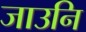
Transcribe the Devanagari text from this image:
जाउनि